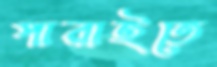
পারাইতে